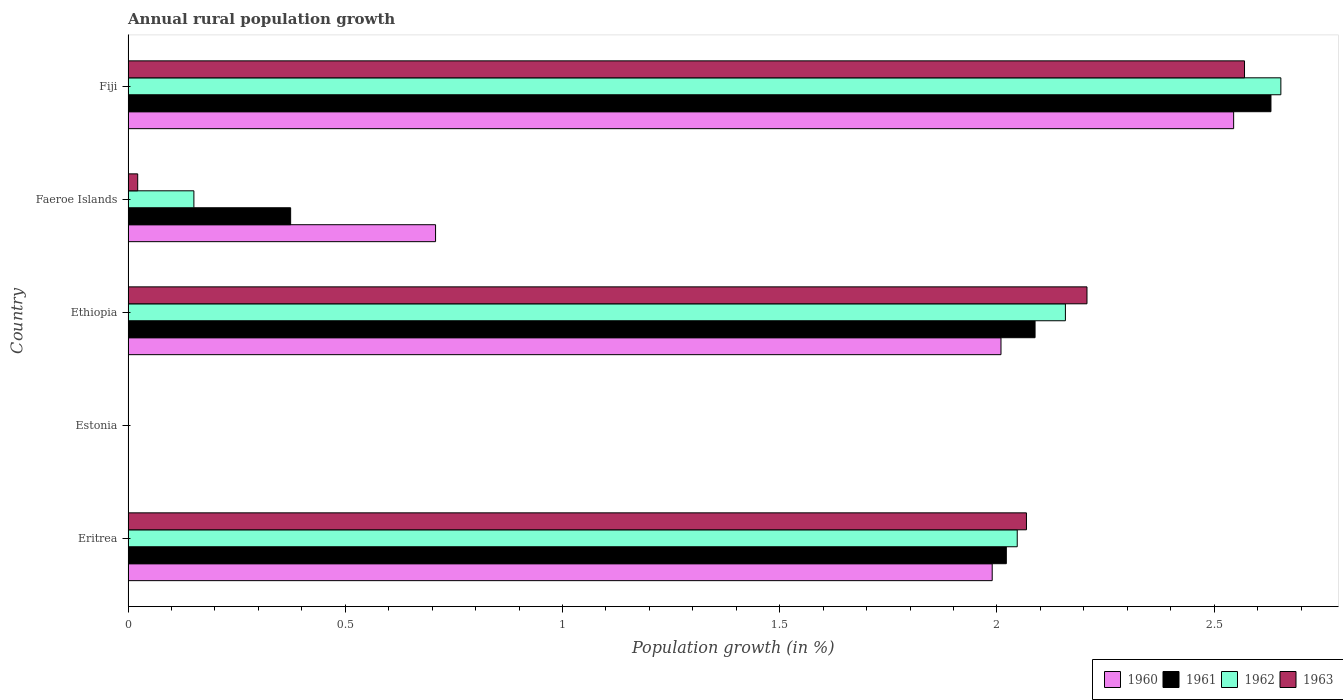
| Country | 1960 | 1961 | 1962 | 1963 |
 | --- | --- | --- | --- | --- |
 | Eritrea | 1.99 | 2.02 | 2.05 | 2.07 |
 | Estonia | -1.14 | -0.721 | -0.518 | -0.506 |
 | Ethiopia | 2.01 | 2.09 | 2.16 | 2.21 |
 | Faeroe Islands | 0.708 | 0.374 | 0.152 | 0.0222 |
 | Fiji | 2.54 | 2.63 | 2.65 | 2.57 |